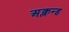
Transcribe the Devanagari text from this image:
अक्लन्ड